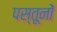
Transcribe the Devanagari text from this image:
पस्तूनों